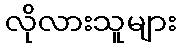
လိုလားသူများ